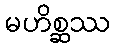
မဟိစ္ဆဿ